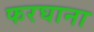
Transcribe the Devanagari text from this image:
फरघाना